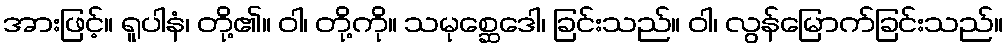
အားဖြင့်။ ရူပါနံ၊ တို့၏။ ဝါ၊ တို့ကို။ သမုစ္ဆေဒေါ၊ ခြင်းသည်။ ဝါ၊ လွန်မြောက်ခြင်းသည်။